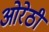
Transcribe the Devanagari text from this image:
ओरेठी